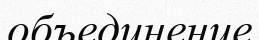
объединение